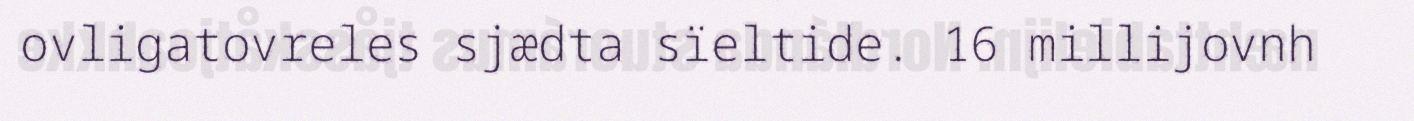
ovligatovreles sjædta sïeltide. 16 millijovnh